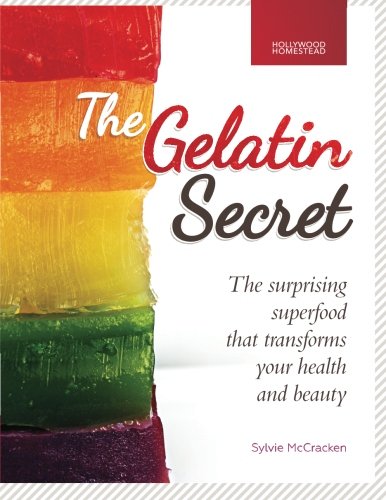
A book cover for The Gelatin Secret: The Surprising Superfood That Transforms Your Health and Beauty; Sylvie McCracken; Cookbooks, Food & Wine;